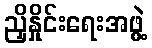
ညှိနှိုင်းရေးအဖွဲ့